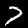
Label: 7